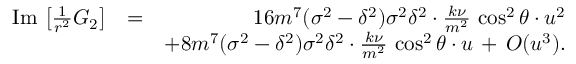
\begin{array} { r l r } { \mathrm { I m } \, \left[ \frac { 1 } { r ^ { 2 } } G _ { 2 } \right] } & { = } & { 1 6 m ^ { 7 } ( \sigma ^ { 2 } - \delta ^ { 2 } ) \sigma ^ { 2 } \delta ^ { 2 } \cdot \frac { k \nu } { m ^ { 2 } } \, \cos ^ { 2 } \theta \cdot u ^ { 2 } } \\ & { } & { + 8 m ^ { 7 } ( \sigma ^ { 2 } - \delta ^ { 2 } ) \sigma ^ { 2 } \delta ^ { 2 } \cdot \frac { k \nu } { m ^ { 2 } } \, \cos ^ { 2 } \theta \cdot u \, + \, { \cal O } ( u ^ { 3 } ) . } \end{array}